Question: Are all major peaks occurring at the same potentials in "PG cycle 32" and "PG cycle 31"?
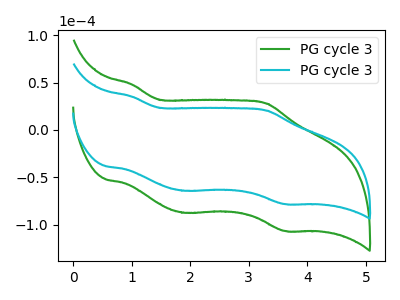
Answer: <think>The green curve "PG cycle 31" has anodic peaks at (1.00V, 48.15uA) (3.30V, 27.90uA) and cathodic peaks at (1.90V, -87.50uA) (3.65V, -106.75uA). The cyan curve "PG cycle 32" has anodic peaks at (1.00V, 35.30uA) (3.30V, 20.50uA) and cathodic peaks at (1.90V, -64.20uA) (3.65V, -78.30uA).</think>
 <answer>Yes, "PG cycle 32" have a peak in "PG cycle 31" at the same potential.</answer>
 <eval>match</eval>